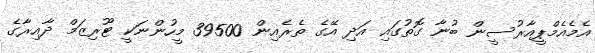
އެމެއެމްޕީއާރުސީން ބުނާ ގޮތުގައި އަދި އޭގެ ތެރެއިން 39500 މީހުންނަކީ ޓޫރިޒަމް ދާއިރާގެ